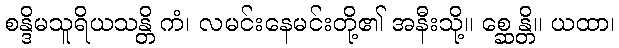
စန္ဒိမသူရိယသန္တိ ကံ၊ လမင်းနေမင်းတို့၏ အနီးသို့။ စ္ဆေန္တိ။ ယထာ၊